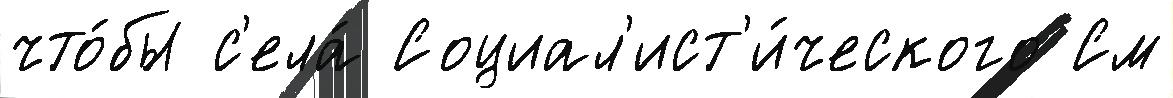
что́бы с'ела́ Социал'ист'и́ческого См